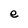
Character: e